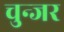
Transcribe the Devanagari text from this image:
चुन्जर